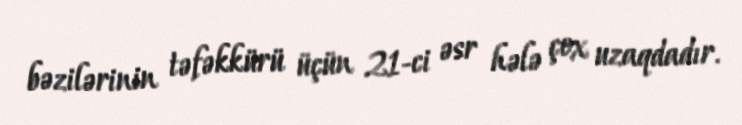
bəzilərinin təfəkkürü üçün 21-ci əsr hələ çox uzaqdadır.